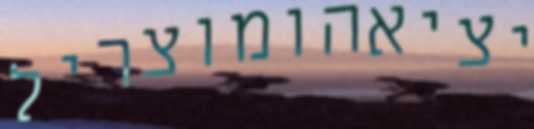
יציאהומוצריל